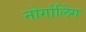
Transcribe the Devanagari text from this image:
नोर्गालिंग